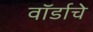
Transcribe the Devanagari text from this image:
वॉर्डाचे